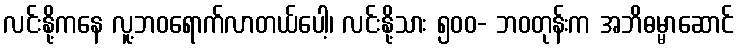
လင်းနို့ကနေ လူ့ဘဝရောက်လာတယ်ပေါ့၊ လင်းနို့သား ၅၀၀- ဘဝတုန်းက အဘိဓမ္မာဆောင်